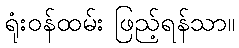
ရုံးဝန်ထမ်း ဖြည့်ရန်သာ။